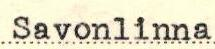
Savonlinna